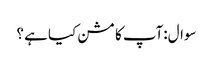
سوال:آپ کا مشن کیا ہے ؟